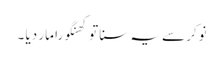
نوکر سے یہ سنا تو کھنگورا مار دیا ۔